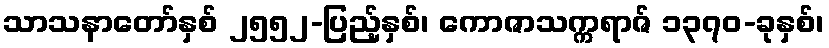
သာသနာတော်နှစ် ၂၅၅၂-ပြည့်နှစ်၊ ကောဇာသက္ကရာဇ် ၁၃၇၀-ခုနှစ်၊